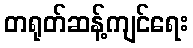
တရုတ်ဆန့်ကျင်ရေး